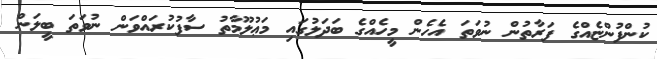
ކުންފުންޏެއްގެ ފަރާތުން ނުވަތަ އެހެން މީހެއްގެ ބަދަލުގައި މަޢުލޫމާތު ސާފުކުރައްވަން ނުވަތަ ބީލަން